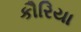
કૌરિયા